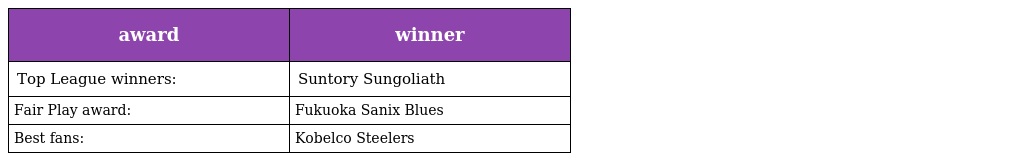
| award | winner |
 | --- | --- |
 | Top League winners: | Suntory Sungoliath |
 | Fair Play award: | Fukuoka Sanix Blues |
 | Best fans: | Kobelco Steelers |